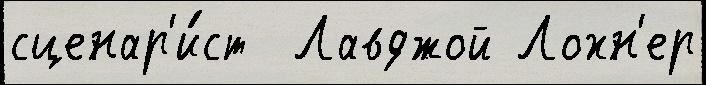
сценар'и́ст  Лавджой Лохн'ер